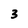
Character: 3